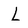
Character: L